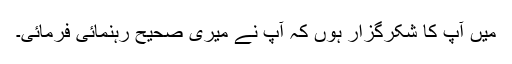
میں آپ کا شکرگزار ہوں کہ آپ نے میری صحیح رہنمائی فرمائی۔